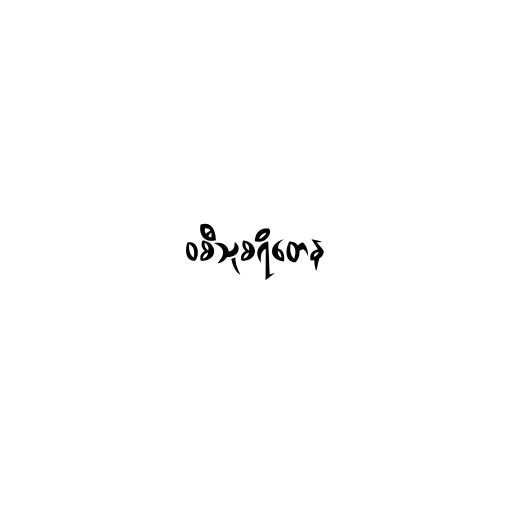
ဝစီသုစရိတေန